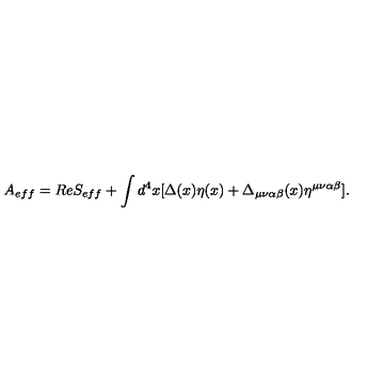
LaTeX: A _ { e f f } = R e S _ { e f f } + \int d ^ { 4 } x [ \Delta ( x ) \eta ( x ) + \Delta _ { \mu \nu \alpha \beta } ( x ) \eta ^ { \mu \nu \alpha \beta } ] .